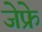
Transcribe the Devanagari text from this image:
जेफ्रे